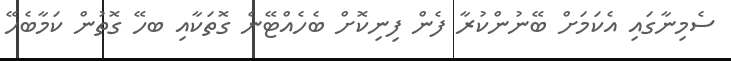
ސެމިނާގައި އެކަމަށް ބޭނުންކުރާ ފެން ފިނިކޮށް ބެހެއްޓޭނެ ގޮތަކާއި ބހޭ ގޮތުން ކަމާބެހޭ